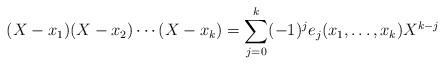
LaTeX: \begin{align*}(X - x_1)(X - x_2) \cdots (X - x_k) = \sum_{j = 0}^{k}(-1)^{j}e_{j}(x_1, \ldots, x_k)X^{k - j}\end{align*}